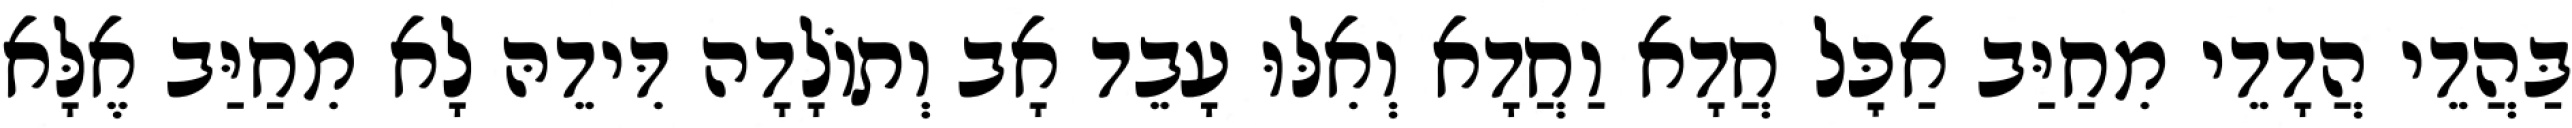
בַּהֲדֵי הֲדָדֵי מִחַיַּב אַכׇּל חֲדָא וַחֲדָא וְאִלּוּ עָבֵד אָב וְתוֹלָדָה דִּידֵהּ לָא מִחַיַּב אֶלָּא